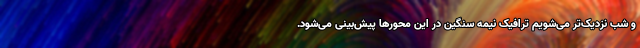
و شب نزدیک‌تر می‌شویم ترافیک نیمه سنگین در این محورها پیش‌بینی می‌شود.